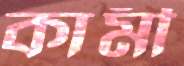
কামী